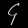
Digit: ၄